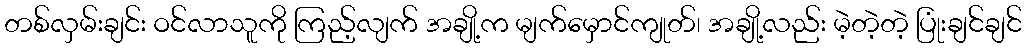
တစ်လှမ်းချင်း ဝင်လာသူကို ကြည့်လျက် အချို့က မျက်မှောင်ကျုတ်၊ အချို့လည်း မဲ့တဲ့တဲ့ ပြုံးချင်ချင်